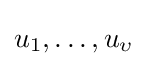
u_{1},\dots ,u_{\upsilon }